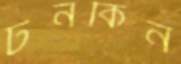
টনকিন